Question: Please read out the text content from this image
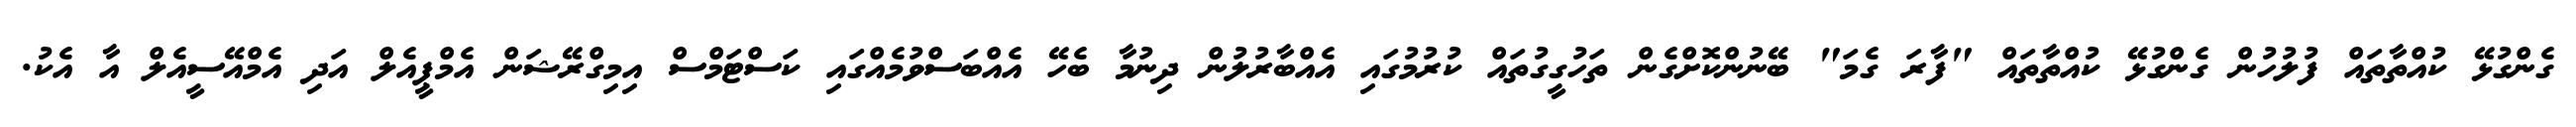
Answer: ގެންގުޅޭ ކުއްތާތައް ފުލުހުން ގެންގުޅޭ ކުއްތާތައް "ފާރަ ގެމަ" ބޭނުންކޮށްގެން ތަހުގީގުތައް ކުރުމުގައި އެއްބާރުލުން ދިނުމާ ބެހޭ އެއްބަސްވުމެއްގައި ކަސްޓަމްސް އިމިގްރޭޝަން އެމްޕީއެލް އަދި އެމްއޭސީއެލް އާ އެކު.